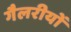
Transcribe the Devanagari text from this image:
गैलरीयों